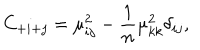
LaTeX: C _ { + i + j } = \mu _ { i j } ^ { 2 } - { \frac { 1 } { n } } \mu _ { k k } ^ { 2 } \delta _ { i j } ,